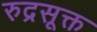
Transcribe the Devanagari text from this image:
रुद्रसूक्त